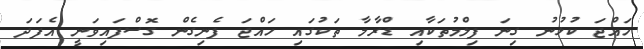
ހައްޖަ ކުޅުނު ގިނަ ފިލްމުތަކާއި ޑްރާމާ ތަކުގައި ހައްޖަ ފެނިގެން ގޮސްފައިވަނީ އެފަދަ